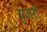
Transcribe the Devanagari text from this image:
युजरों